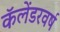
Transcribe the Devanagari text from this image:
कॅलेंडरवर्ष